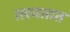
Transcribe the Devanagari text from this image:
तरगतात